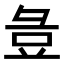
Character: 𭛏